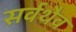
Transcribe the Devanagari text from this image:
सर्वथैव